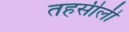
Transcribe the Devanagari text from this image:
तहसीली